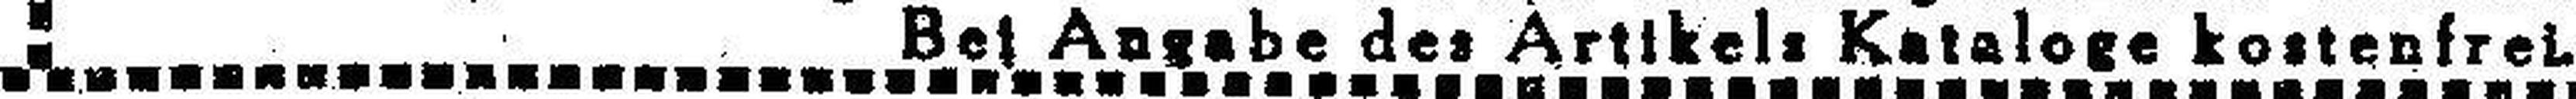
Bei Angabe des Artikels Kataloge kostenfrei.